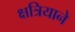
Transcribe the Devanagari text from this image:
क्षत्रियाने